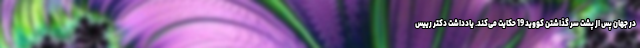
در جهان پس از پشت سر گذاشتن کووید 19 حکایت می‌کند. یادداشت دکتر رییس